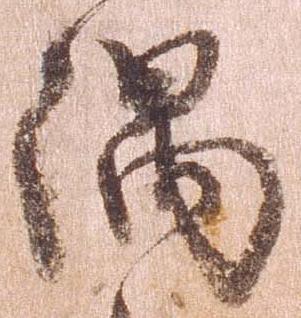
隅